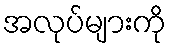
အလုပ်များကို